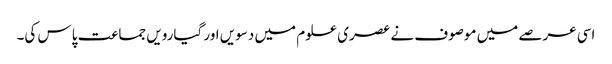
اسی عرصے میں موصوف نے عصری علوم میں دسویں اور گیارویں جماعت پاس کی۔